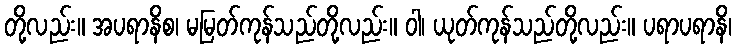
တို့လည်း။ အပရာနိစ၊ မမြတ်ကုန်သည်တို့လည်း။ ဝါ၊ ယုတ်ကုန်သည်တို့လည်း။ ပရာပရာနိ၊